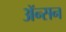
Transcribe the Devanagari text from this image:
ॲन्सन